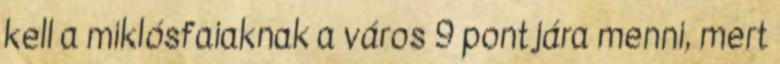
kell a miklósfaiaknak a város 9 pontjára menni, mert